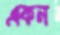
একন